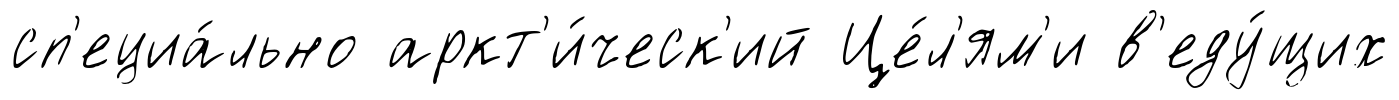
сп'ециа́льно аркт'и́ческ'ий Це́л'ям'и в'еду́щих